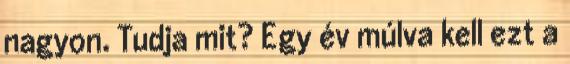
nagyon. Tudja mit? Egy év múlva kell ezt a